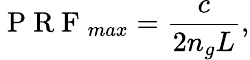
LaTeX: \mathrm{~P~R~F~}_{max}=\frac{c}{2n_{g}L},